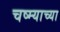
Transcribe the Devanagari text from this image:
चष्म्याच्या